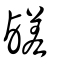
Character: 鹺